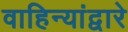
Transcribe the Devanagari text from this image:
वाहिन्यांद्वारे